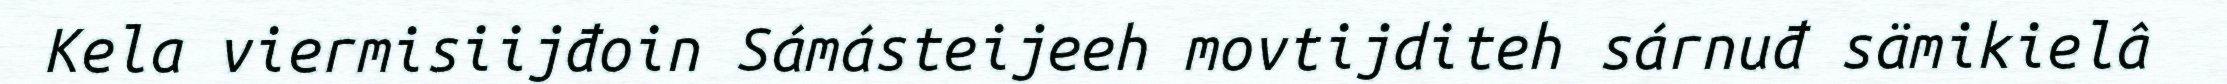
Kela viermisiijđoin Sámásteijeeh movtijditeh sárnuđ sämikielâ